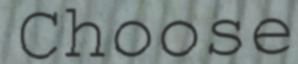
Choose